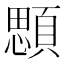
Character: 顋